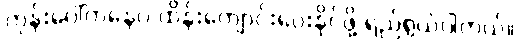
ကုန်းပေါ်ကနေပဲ ထိန်းကျောင်းပေးနိုင်ဖို့ ရည်ရွယ်ပါတယ်။